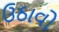
ઉઠાવો